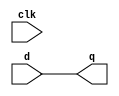
module d_flip_flop(
input d,
input clk,
//input reset,
output reg q
//output reg qnot
);

//wire qn;
//assign qn = !q;

always @ (clk) begin
	q = d;
	//qnot = !d; 
end
endmodule